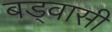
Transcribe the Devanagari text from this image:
बड्वासी